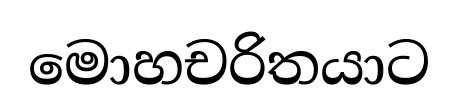
මොහචරිතයාට